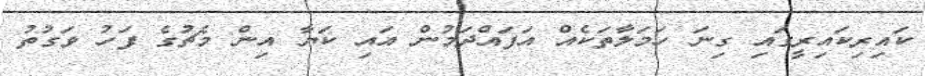
ކައިރިކައިރީގައި ގިނަ ހަމަލާތަކެއް އަފައްދަމުން އައި ކަޔާ އިން މެޗުގެ ފަހު ވަގުތު